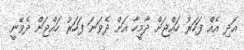
އަދި އެއް ފަހަރު ހައްޖަށް ދާމީހާ އަށް ދެވަނަ ފަހަރު ހައްޖަށް ދެވޭނީ